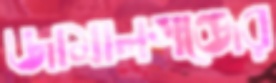
জামালগঞ্জের